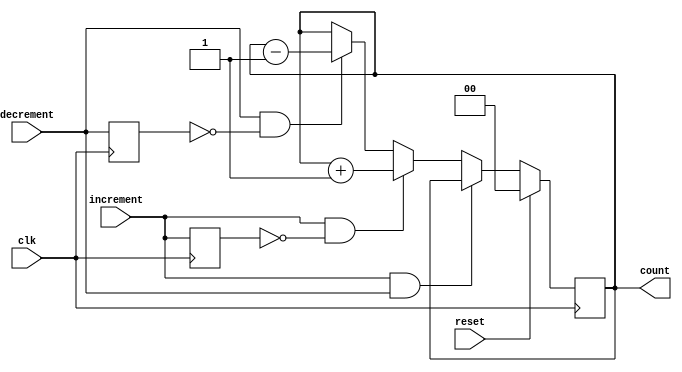
`timescale 1ns / 1ps
//////////////////////////////////////////////////////////////////////////////////
// Company: 
// Engineer: 
// 
// Design Name: 
// Module Name: counter_2bit
// Project Name: 
// Target Devices: 
// Tool Versions: 
// Description: 
// 
// Dependencies: 
// 
// Revision:
// Revision 0.01 - File Created
// Additional Comments:
// 
//////////////////////////////////////////////////////////////////////////////////


module counter_2bit(
    input clk, reset, increment, decrement,
    output [1:0] count 
);
    reg[1:0] current_count = 0;
    reg prev_inc = 0;
    reg prev_dec = 0;
    
    always@(posedge clk) begin
        if(reset)
            current_count <= 0;
        else if(increment && decrement)
            current_count <= current_count;
        else if(increment & ~prev_inc)
            current_count <= current_count + 1;
        else if (decrement & ~prev_dec)
            current_count <= current_count - 1;
        else
            current_count <= current_count;
        prev_inc <= increment;
        prev_dec <= decrement;
    end
    assign count = current_count;

endmodule